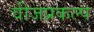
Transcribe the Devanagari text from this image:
वीजप्रकल्प